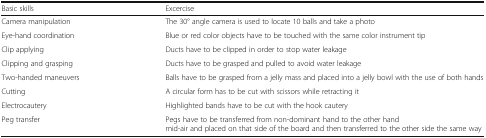
<table><thead><tr><td><b>Basic skills</b></td><td><b>Excercise</b></td></tr></thead><tbody><tr><td>Camera manipulation</td><td>The 30° angle camera is used to locate 10 balls and take a photo</td></tr><tr><td>Eye-hand coordination</td><td>Blue or red color objects have to be touched with the same color instrument tip</td></tr><tr><td>Clip applying</td><td>Ducts have to be clipped in order to stop water leakage</td></tr><tr><td>Clipping and grasping</td><td>Ducts have to be grasped and pulled to avoid water leakage</td></tr><tr><td>Two-handed maneuvers</td><td>Balls have to be grasped from a jelly mass and placed into a jelly bowl with the use of both hands</td></tr><tr><td>Cutting</td><td>A circular form has to be cut with scissors while retracting it</td></tr><tr><td>Electrocautery</td><td>Highlighted bands have to be cut with the hook cautery</td></tr><tr><td>Peg transfer</td><td>Pegs have to be transferred from non-dominant hand to the other hand mid-air and placed on that side of the board and then transferred to the other side the same way</td></tr></tbody></table>